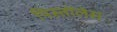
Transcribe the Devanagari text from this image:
पिस्तोंलेस